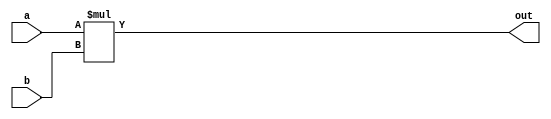
module multiplier_2_bit_21BCE3546(out,a,b);
output [3:0]out;
input [1:0]a;
input [1:0]b;
assign out=a*b;
endmodule
module multipliert_b;
reg [1:0] a;
reg [1:0] b;
wire [3:0] out;
integer i;
multiplier_2_bit_21BCE3546 uut (.a(a),.b(b),.out(out) );
initial
begin
$display("21BCE3546 - 2 bit (2X2) Multiplier output table ");
a<=0;b<=0;
$monitor("|a=%0d| b=%0d| out=%0d| ",a,b,out);
 for(i=0;i<16 ;i=i+1)
 begin
 {a,b} = i; #1;
 end
end
endmodule